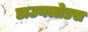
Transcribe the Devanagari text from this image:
डाउनलोडस